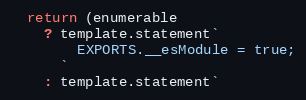
Language: JavaScript
  return (enumerable
    ? template.statement`
        EXPORTS.__esModule = true;
      `
    : template.statement`